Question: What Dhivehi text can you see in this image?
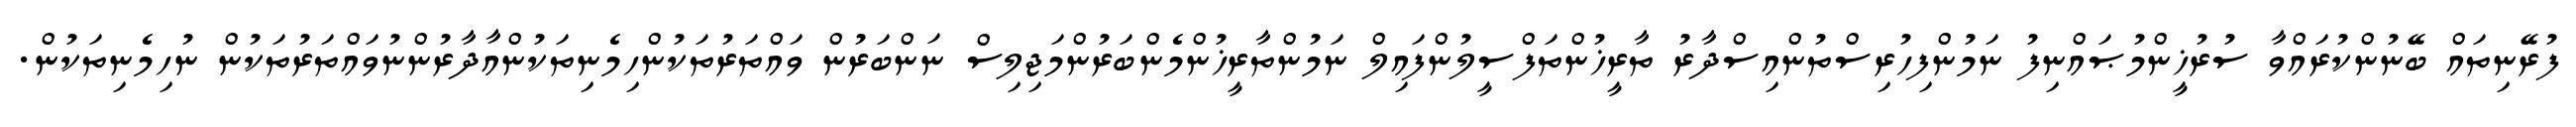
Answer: ފުރޭނިތައް ބޭނުންކުރައްވާ ސުރުޚީންމުޞައްނިފު ނަމުންފިހުރިސްތުންއިސްދާރު ތާރީޚުންތަފްސީލުންފައިލް ނަމުންތާރީޚުންމެންބަރުންމަޖިލިސް ނަންބަރުން ވައްތަރުތަކުންހިމެނިތަކުންއާދާރުންނުވައްތަރުތަކުން ނުހިމެނިތަކުން.